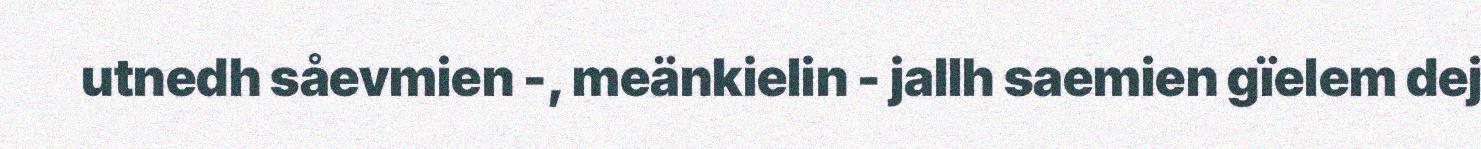
utnedh såevmien -, meänkielin - jallh saemien gïelem dej